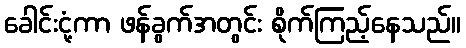
ခေါင်းငုံ့ကာ ဖန်ခွက်အတွင်း စိုက်ကြည့်နေသည်။